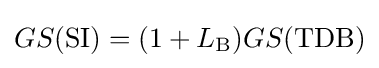
GS({\rm {SI}})=(1+L_{\rm {B}})GS({\rm {TDB}})